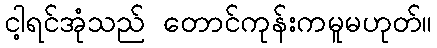
ငါ့ရင်အုံသည် တောင်ကုန်းကမူမဟုတ်။